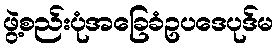
ဖွဲ့စည်းပုံအခြေခံဥပဒေပုဒ်မ